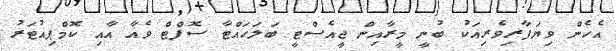
އެހެން ވިޔަފާރިވެރިއަކު ބުނީ މީރާއިން ޖީއެސްޓީ ބަލަހައްޓާ ސޮފްޓް ވެއާ އާއި ކޮމްޕިއުޓަރު